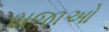
સજાઓ